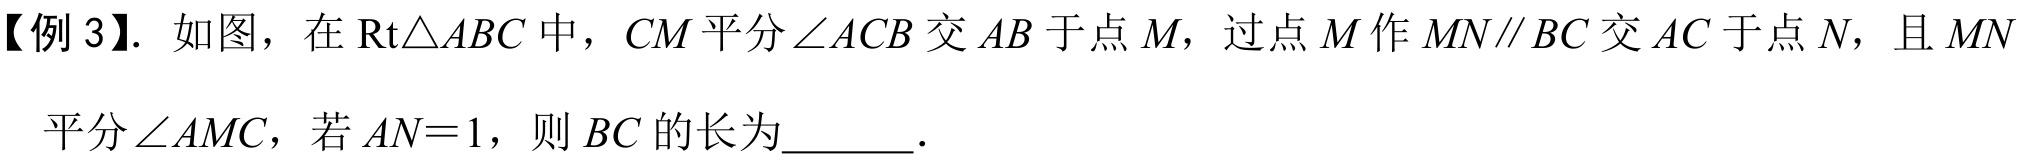
【例 3】. 如图，在\(\text{Rt}\triangle ABC\)中，\(CM\)平分\(\angle ACB\)交\(AB\)于点\(M\)，过点\(M\)作\(MN\parallel BC\)交\(AC\)于点\(N\)，且\(MN\)平分\(\angle AMC\)，若\(AN = 1\)，则\(BC\)的长为  ．